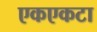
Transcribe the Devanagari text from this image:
एकएकटा